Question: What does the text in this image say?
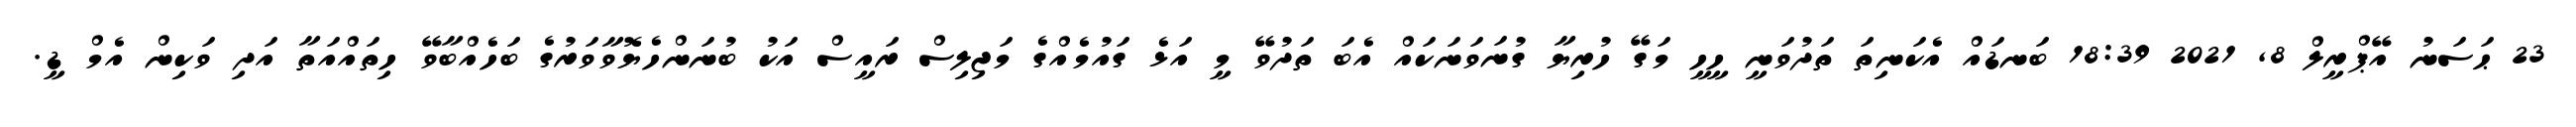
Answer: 23 ޙަސަނު އޭޕްރީލް 8, 2021 18:39 ބަނޑައް އެކަނިތަ ތަދުވަނީ ހީހީ މަގޭ ހުރިޔާ ގުނަވަނަކައް އެބަ ތަދުވޭ މީ އަޅެ ގައުމެއްގެ މަޖިލިސް ރައީސް އަކު ބުނަންހެޔޮވާވަރުގެ ބަހެއްބާވޭ ހިތައްއަތާ އަދި ވަކިން އެމް ޑީ.